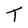
Character: T